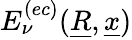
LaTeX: E_{\nu}^{(ec)}(\underline{{R}},\underline{{x}})